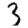
Digit: 3